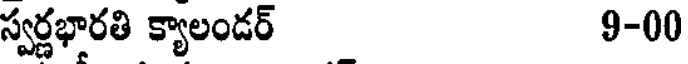
స్వర్ణభారతి క్యాలండర్ 9-00